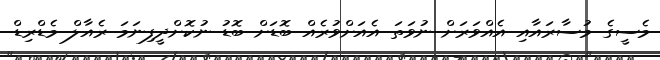
މެސީގެ މުސާރައާއި އެއްވަރަށް ނުވަތަ އެއަށްވުރެެއް ބޮޑަށް ބޮޑު ނުކޮށްދީފިނަމަ ރެއާލް މެޑްރިޑް